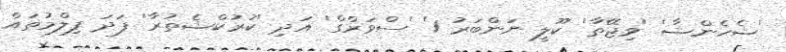
'ޝެހެންޝާ' 'ވިޖޭތާ' 'ކޫލީ ނަންބަރު 1' 'ސްވަރްގް' އަދި 'ކުރުކްޝެތުރާ' ފަދަ ފިލްމުތައް